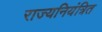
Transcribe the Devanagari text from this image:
राज्यनियंत्रित